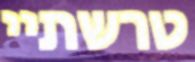
טרשתיי